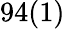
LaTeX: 94(1)\